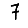
Digit: 7